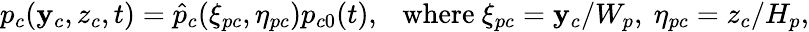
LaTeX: p_{c}(\mathbf{y}_{c},z_{c},t)=\hat{{p}}_{c}(\xi_{pc},\eta_{pc})p_{c0}(t),\mathrm{{~~~where~}}\xi_{pc}=\mathbf{y}_{c}/W_{p},~\eta_{pc}=z_{c}/H_{p},